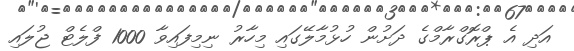
އަދި އެ ޕްރޮގްރާމްގެ ދަށުން ހުޅުމާލޭގައި މިހާރު ނިމިފައިވާ 1000 ފްލެޓް ޖުލައި